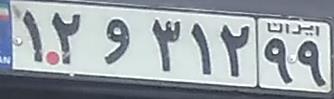
۱۲و۳۱۲۹۹